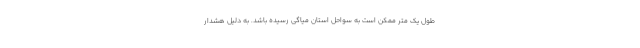
طول یک متر ممکن است به سواحل استان میاگی رسیده باشد. به دلیل هشدار